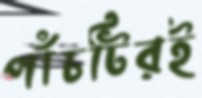
পাঁচটিরই